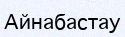
Айнабастау